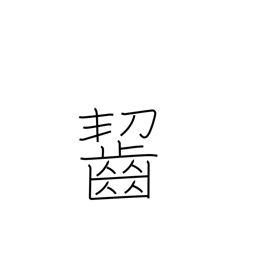
Meaning: munch